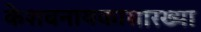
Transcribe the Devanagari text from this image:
केशवनायकासारख्या